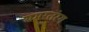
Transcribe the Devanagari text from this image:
समरतंरग